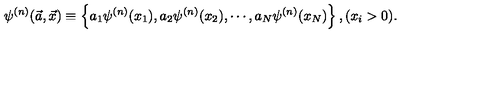
\psi ^ { ( n ) } ( \vec { a } , \vec { x } ) \equiv \left\{ a _ { 1 } \psi ^ { ( n ) } ( x _ { 1 } ) , a _ { 2 } \psi ^ { ( n ) } ( x _ { 2 } ) , \cdots , a _ { N } \psi ^ { ( n ) } ( x _ { N } ) \right\} , ( x _ { i } > 0 ) .